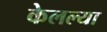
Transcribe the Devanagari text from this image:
केलल्या